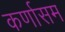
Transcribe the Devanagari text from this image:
कर्णासम